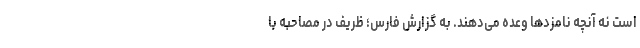
است نه آنچه نامزدها وعده می‌دهند. به گزارش فارس؛ ظریف در مصاحبه با